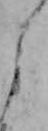
よ